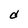
Character: d